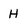
Character: H